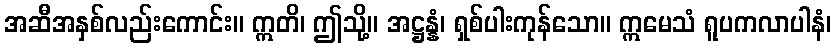
အဆီအနှစ်လည်းကောင်း။ ဣတိ၊ ဤသို့။ အဋ္ဌန္နံ၊ ရှစ်ပါးကုန်သော။ ဣမေသံ ရူပကလာပါနံ၊